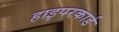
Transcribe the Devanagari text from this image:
हाइपरकार्ड